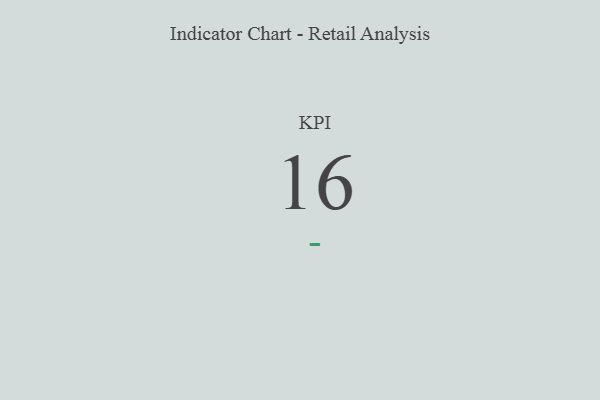
{"axis": {"x": "KPI", "y": "Value"}, "legend": [""], "data": [{"x": "KPI", "y": 16, "type": ""}]}